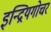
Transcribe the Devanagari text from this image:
इन्द्रियगोचर